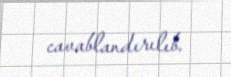
cavablandırılıb.